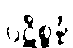
ပဋိစ္ဆန္နံ